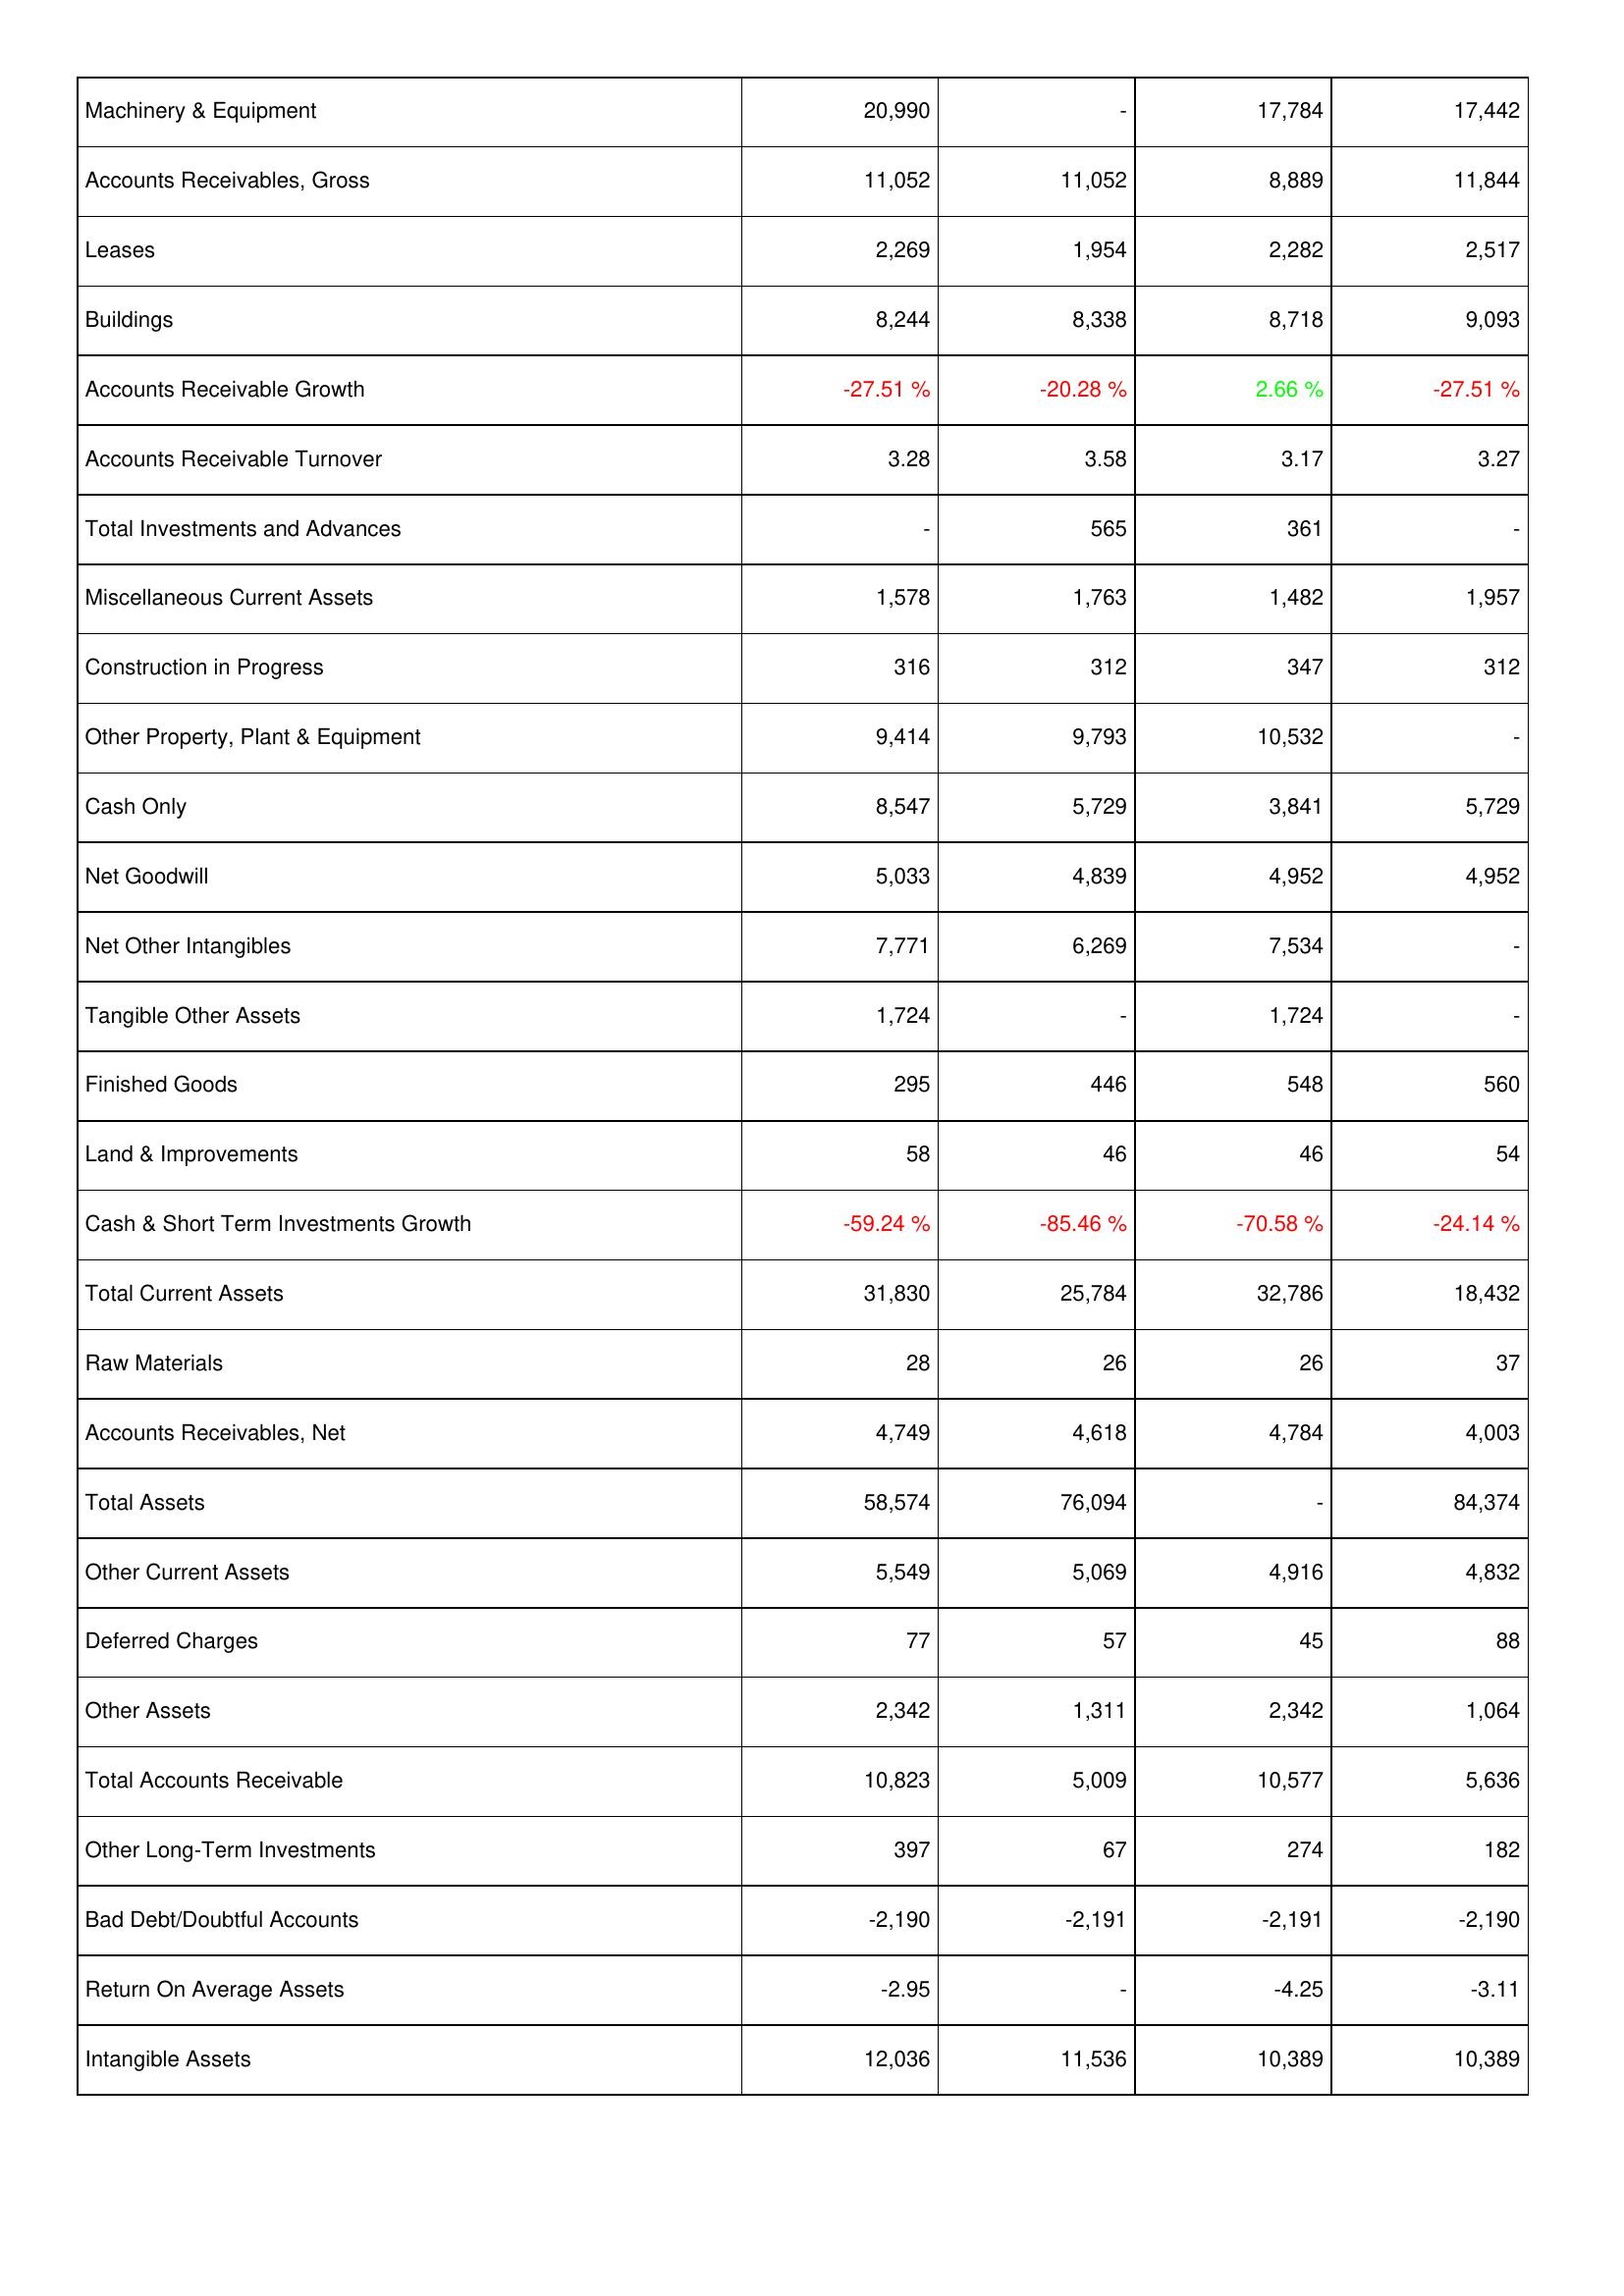
2019: Assets: Machinery & Equipment: 20,990
Accounts Receivables, Gross: 11,052
Leases: 2,269
Buildings: 8,244
Accounts Receivable Growth: -27.51 %
Accounts Receivable Turnover: 3.28
Total Investments and Advances: -
Miscellaneous Current Assets: 1,578
Construction in Progress: 316
Other Property, Plant & Equipment: 9,414
Cash Only: 8,547
Net Goodwill: 5,033
Net Other Intangibles: 7,771
Tangible Other Assets: 1,724
Finished Goods: 295
Land & Improvements: 58
Cash & Short Term Investments Growth: -59.24 %
Total Current Assets: 31,830
Raw Materials: 28
Accounts Receivables, Net: 4,749
Total Assets: 58,574
Other Current Assets: 5,549
Deferred Charges: 77
Other Assets: 2,342
Total Accounts Receivable: 10,823
Other Long-Term Investments: 397
Bad Debt/Doubtful Accounts: -2,190
Return On Average Assets: -2.95
Intangible Assets: 12,036
2020: Assets: Machinery & Equipment: -
Accounts Receivables, Gross: 11,052
Leases: 1,954
Buildings: 8,338
Accounts Receivable Growth: -20.28 %
Accounts Receivable Turnover: 3.58
Total Investments and Advances: 565
Miscellaneous Current Assets: 1,763
Construction in Progress: 312
Other Property, Plant & Equipment: 9,793
Cash Only: 5,729
Net Goodwill: 4,839
Net Other Intangibles: 6,269
Tangible Other Assets: -
Finished Goods: 446
Land & Improvements: 46
Cash & Short Term Investments Growth: -85.46 %
Total Current Assets: 25,784
Raw Materials: 26
Accounts Receivables, Net: 4,618
Total Assets: 76,094
Other Current Assets: 5,069
Deferred Charges: 57
Other Assets: 1,311
Total Accounts Receivable: 5,009
Other Long-Term Investments: 67
Bad Debt/Doubtful Accounts: -2,191
Return On Average Assets: -
Intangible Assets: 11,536
2021: Assets: Machinery & Equipment: 17,784
Accounts Receivables, Gross: 8,889
Leases: 2,282
Buildings: 8,718
Accounts Receivable Growth: 2.66 %
Accounts Receivable Turnover: 3.17
Total Investments and Advances: 361
Miscellaneous Current Assets: 1,482
Construction in Progress: 347
Other Property, Plant & Equipment: 10,532
Cash Only: 3,841
Net Goodwill: 4,952
Net Other Intangibles: 7,534
Tangible Other Assets: 1,724
Finished Goods: 548
Land & Improvements: 46
Cash & Short Term Investments Growth: -70.58 %
Total Current Assets: 32,786
Raw Materials: 26
Accounts Receivables, Net: 4,784
Total Assets: -
Other Current Assets: 4,916
Deferred Charges: 45
Other Assets: 2,342
Total Accounts Receivable: 10,577
Other Long-Term Investments: 274
Bad Debt/Doubtful Accounts: -2,191
Return On Average Assets: -4.25
Intangible Assets: 10,389
2022: Assets: Machinery & Equipment: 17,442
Accounts Receivables, Gross: 11,844
Leases: 2,517
Buildings: 9,093
Accounts Receivable Growth: -27.51 %
Accounts Receivable Turnover: 3.27
Total Investments and Advances: -
Miscellaneous Current Assets: 1,957
Construction in Progress: 312
Other Property, Plant & Equipment: -
Cash Only: 5,729
Net Goodwill: 4,952
Net Other Intangibles: -
Tangible Other Assets: -
Finished Goods: 560
Land & Improvements: 54
Cash & Short Term Investments Growth: -24.14 %
Total Current Assets: 18,432
Raw Materials: 37
Accounts Receivables, Net: 4,003
Total Assets: 84,374
Other Current Assets: 4,832
Deferred Charges: 88
Other Assets: 1,064
Total Accounts Receivable: 5,636
Other Long-Term Investments: 182
Bad Debt/Doubtful Accounts: -2,190
Return On Average Assets: -3.11
Intangible Assets: 10,389